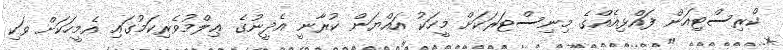
ކްރިސްޓިއަން ފައްޅިއެއްގެ މިނިސްޓަރަކަށް މީހަކު އައްޔަން ކުރާނީ އެދީނުގެ ޢިލްމުވެރިކަމުގައި އެމީހަކަށް ވަކި